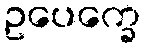
ဥပေက္ခေ